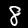
Digit: 8